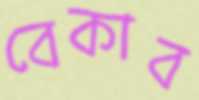
বেকাব